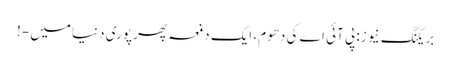
بریکنگ نیو ز: پی آئی اے کی دھوم، ایک دفعہ پھر پوری دنیا میں -!